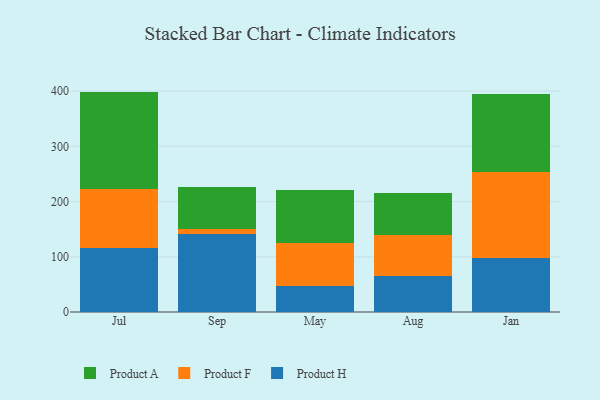
{"axis": {"x": "Month", "y": "Conversion Rate (%)"}, "legend": ["Product A", "Product F", "Product H"], "data": [{"x": "Jul", "y": 116.8, "type": "Product H"}, {"x": "Jul", "y": 106.2, "type": "Product F"}, {"x": "Jul", "y": 176.1, "type": "Product A"}, {"x": "Sep", "y": 142.1, "type": "Product H"}, {"x": "Sep", "y": 7.7, "type": "Product F"}, {"x": "Sep", "y": 77.0, "type": "Product A"}, {"x": "May", "y": 47.1, "type": "Product H"}, {"x": "May", "y": 77.6, "type": "Product F"}, {"x": "May", "y": 96.3, "type": "Product A"}, {"x": "Aug", "y": 64.6, "type": "Product H"}, {"x": "Aug", "y": 74.1, "type": "Product F"}, {"x": "Aug", "y": 76.8, "type": "Product A"}, {"x": "Jan", "y": 98.4, "type": "Product H"}, {"x": "Jan", "y": 154.5, "type": "Product F"}, {"x": "Jan", "y": 142.0, "type": "Product A"}]}